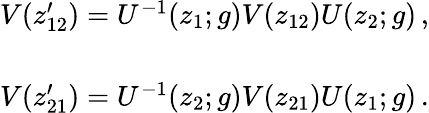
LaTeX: \begin{array}{c}{{V(z_{12}^{\prime})=U^{-1}(z_{1};g)V(z_{12})U(z_{2};g)\, ,}}\\ {{{}}}\\ {{V(z_{21}^{\prime})=U^{-1}(z_{2};g)V(z_{21})U(z_{1};g)\, .}}\end{array}